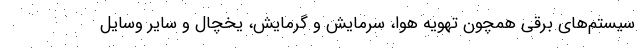
سیستم‌های برقی همچون تهویه هوا، سرمایش و گرمایش، یخچال و سایر وسایل